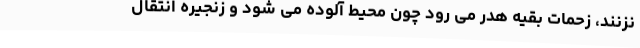
نزنند، زحمات بقیه هدر می رود چون محیط آلوده می شود و زنجیره انتقال